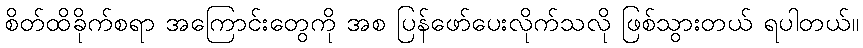
စိတ်ထိခိုက်စရာ အကြောင်းတွေကို အစ ပြန်ဖော်ပေးလိုက်သလို ဖြစ်သွားတယ် ရပါတယ်။